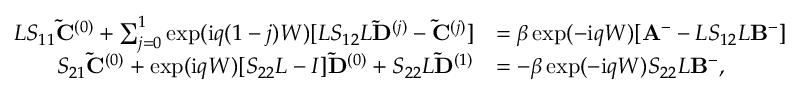
\begin{array} { r l } { L S _ { 1 1 } \mathbf { \tilde { C } } ^ { ( 0 ) } + \sum _ { j = 0 } ^ { 1 } \exp ( \mathrm { i } q ( 1 - j ) W ) [ L S _ { 1 2 } L \mathbf { \tilde { D } } ^ { ( j ) } - \mathbf { \tilde { C } } ^ { ( j ) } ] } & { = \beta \exp ( - \mathrm { i } q W ) [ \mathbf { A } ^ { - } - L S _ { 1 2 } L \mathbf { B } ^ { - } ] } \\ { S _ { 2 1 } \mathbf { \tilde { C } } ^ { ( 0 ) } + \exp ( \mathrm { i } q W ) [ S _ { 2 2 } L - I ] \mathbf { \tilde { D } } ^ { ( 0 ) } + S _ { 2 2 } L \mathbf { \tilde { D } } ^ { ( 1 ) } } & { = - \beta \exp ( - \mathrm { i } q W ) S _ { 2 2 } L \mathbf { B } ^ { - } , } \end{array}